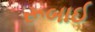
રૂબાઈ